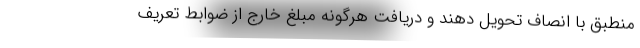
منطبق با انصاف تحویل دهند و دریافت هرگونه مبلغ خارج از ضوابط‌ تعریف